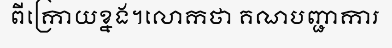
ពីក្រោយខ្នង។លោកថា គណបញ្ជាការ